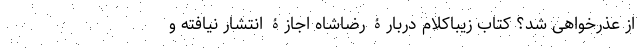
از عذرخواهی شد؟ کتاب زیباکلام دربارۀ رضاشاه اجازۀ انتشار نیافته و